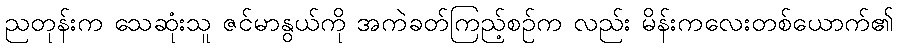
ညတုန်းက သေဆုံးသူ ဇင်မာနွယ်ကို အကဲခတ်ကြည့်စဉ်က လည်း မိန်းကလေးတစ်ယောက်၏